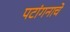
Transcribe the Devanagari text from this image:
पटांगनाचे